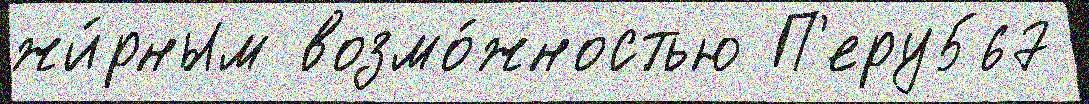
жи́рным возмо́жностью П'еру567